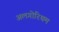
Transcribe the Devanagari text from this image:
अलगोरिथम